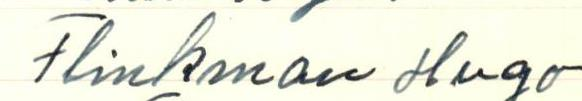
Flinkman Hugo